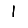
Digit: 1